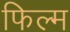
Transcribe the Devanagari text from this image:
फिल्‍म्‍ा